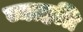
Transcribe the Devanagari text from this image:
व्याह्रति